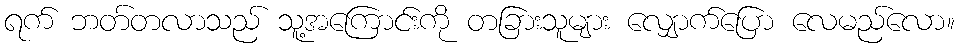
ရက် ဘတ်တလာသည် သူ့အကြောင်းကို တခြားသူများ လျှောက်ပြော လေမည်လော။